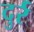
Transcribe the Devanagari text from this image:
दुर्र